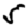
Digit: 5